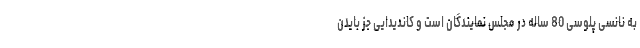
به نانسی پلوسی 80 ساله در مجلس نمایندگان است و کاندیدایی جز بایدن